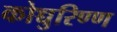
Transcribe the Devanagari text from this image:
कोच्चुरिण्ण